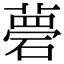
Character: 𥕗